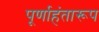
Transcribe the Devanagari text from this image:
पूर्णाहंतारूप